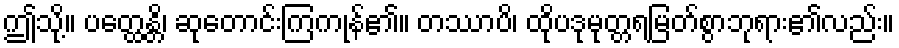
ဤသို့။ ပတ္ထေန္တိ၊ ဆုတောင်းကြကုန်၏။ တဿာပိ၊ ထိုပဒုမုတ္တရမြတ်စွာဘုရား၏လည်း။